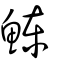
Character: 鯟